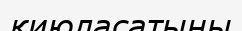
қиюласатыны